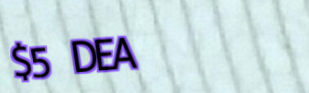
$5 DEAL